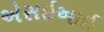
એસઇઆઇ